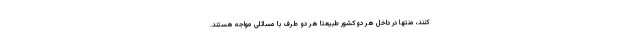
کنند، منتها در داخل هر دوکشور طبیعتا هر دو طرف با مسائلی مواجه هستند.